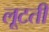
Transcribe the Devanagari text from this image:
लूटतीं